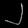
Digit: ၂